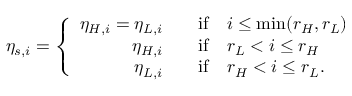
\eta _ { s , i } = \left\{ \begin{array} { r l } { \eta _ { H , i } = \eta _ { L , i } \quad } & { \mathrm { i f } \quad i \leq \mathrm { m i n } ( r _ { H } , r _ { L } ) } \\ { \eta _ { H , i } \quad } & { \mathrm { i f } \quad r _ { L } < i \leq r _ { H } } \\ { \eta _ { L , i } \quad } & { \mathrm { i f } \quad r _ { H } < i \leq r _ { L } . } \end{array} \right.